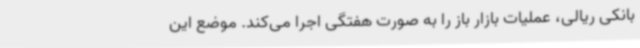
بانکی ریالی، عملیات بازار باز را به صورت هفتگی اجرا می‌کند. موضع این